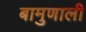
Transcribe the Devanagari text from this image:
बामुणाली